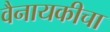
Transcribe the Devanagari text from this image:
वैनायकीचा